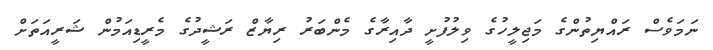
ނަމަވެސް ރައްޔިތުންގެ މަޖިލީހުގެ ވިލުފުށީ ދާއިރާގެ މެންބަރު ރިޔާޒް ރަޝީދުގެ މެރީޑިއަމުން ޝަރީއަތަށް